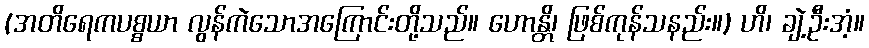
(အတိရေကပစ္စယာ လွန်ကဲသောအကြောင်းတို့သည်။ ဟောန္တိ၊ ဖြစ်ကုန်သနည်း။) ဟိ၊ ချဲ့ဦးအံ့။